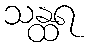
သန္ထရ